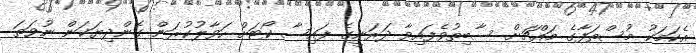
އެކަމަކު މުސްތަފާގެ މައްޗަށް ސާބިތުވެފައިވާ ދަރަނީގެ ފައިސާ ކޯޓަށް ހަވާލުކުރަން ގެންދިޔަކަން ނުވަތަ